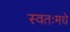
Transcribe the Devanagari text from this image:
स्वतःमधे